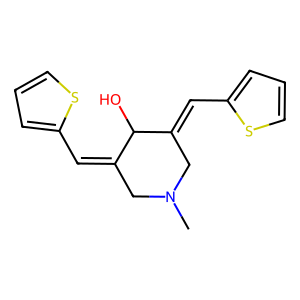
SMILES: CN1CC(=Cc2cccs2)C(O)C(=Cc2cccs2)C1
Inhibits HIV replication: No